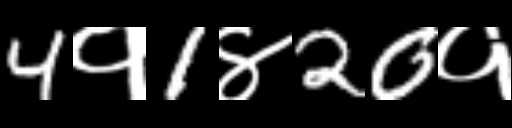
Text: 4१1४20१